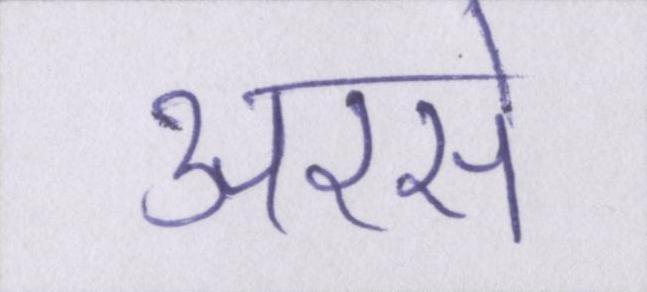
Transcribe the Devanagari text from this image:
अरसे